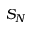
S _ { N }